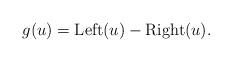
LaTeX: \begin{align*}g(u)=\mathrm{Left}(u)-\mathrm{Right}(u).\end{align*}